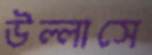
উল্লাসে